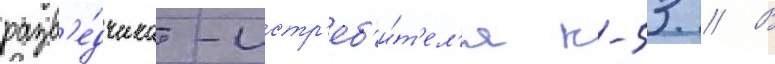
разв'е́дчика-истр'еб'и́т'ел'я к-53 // В